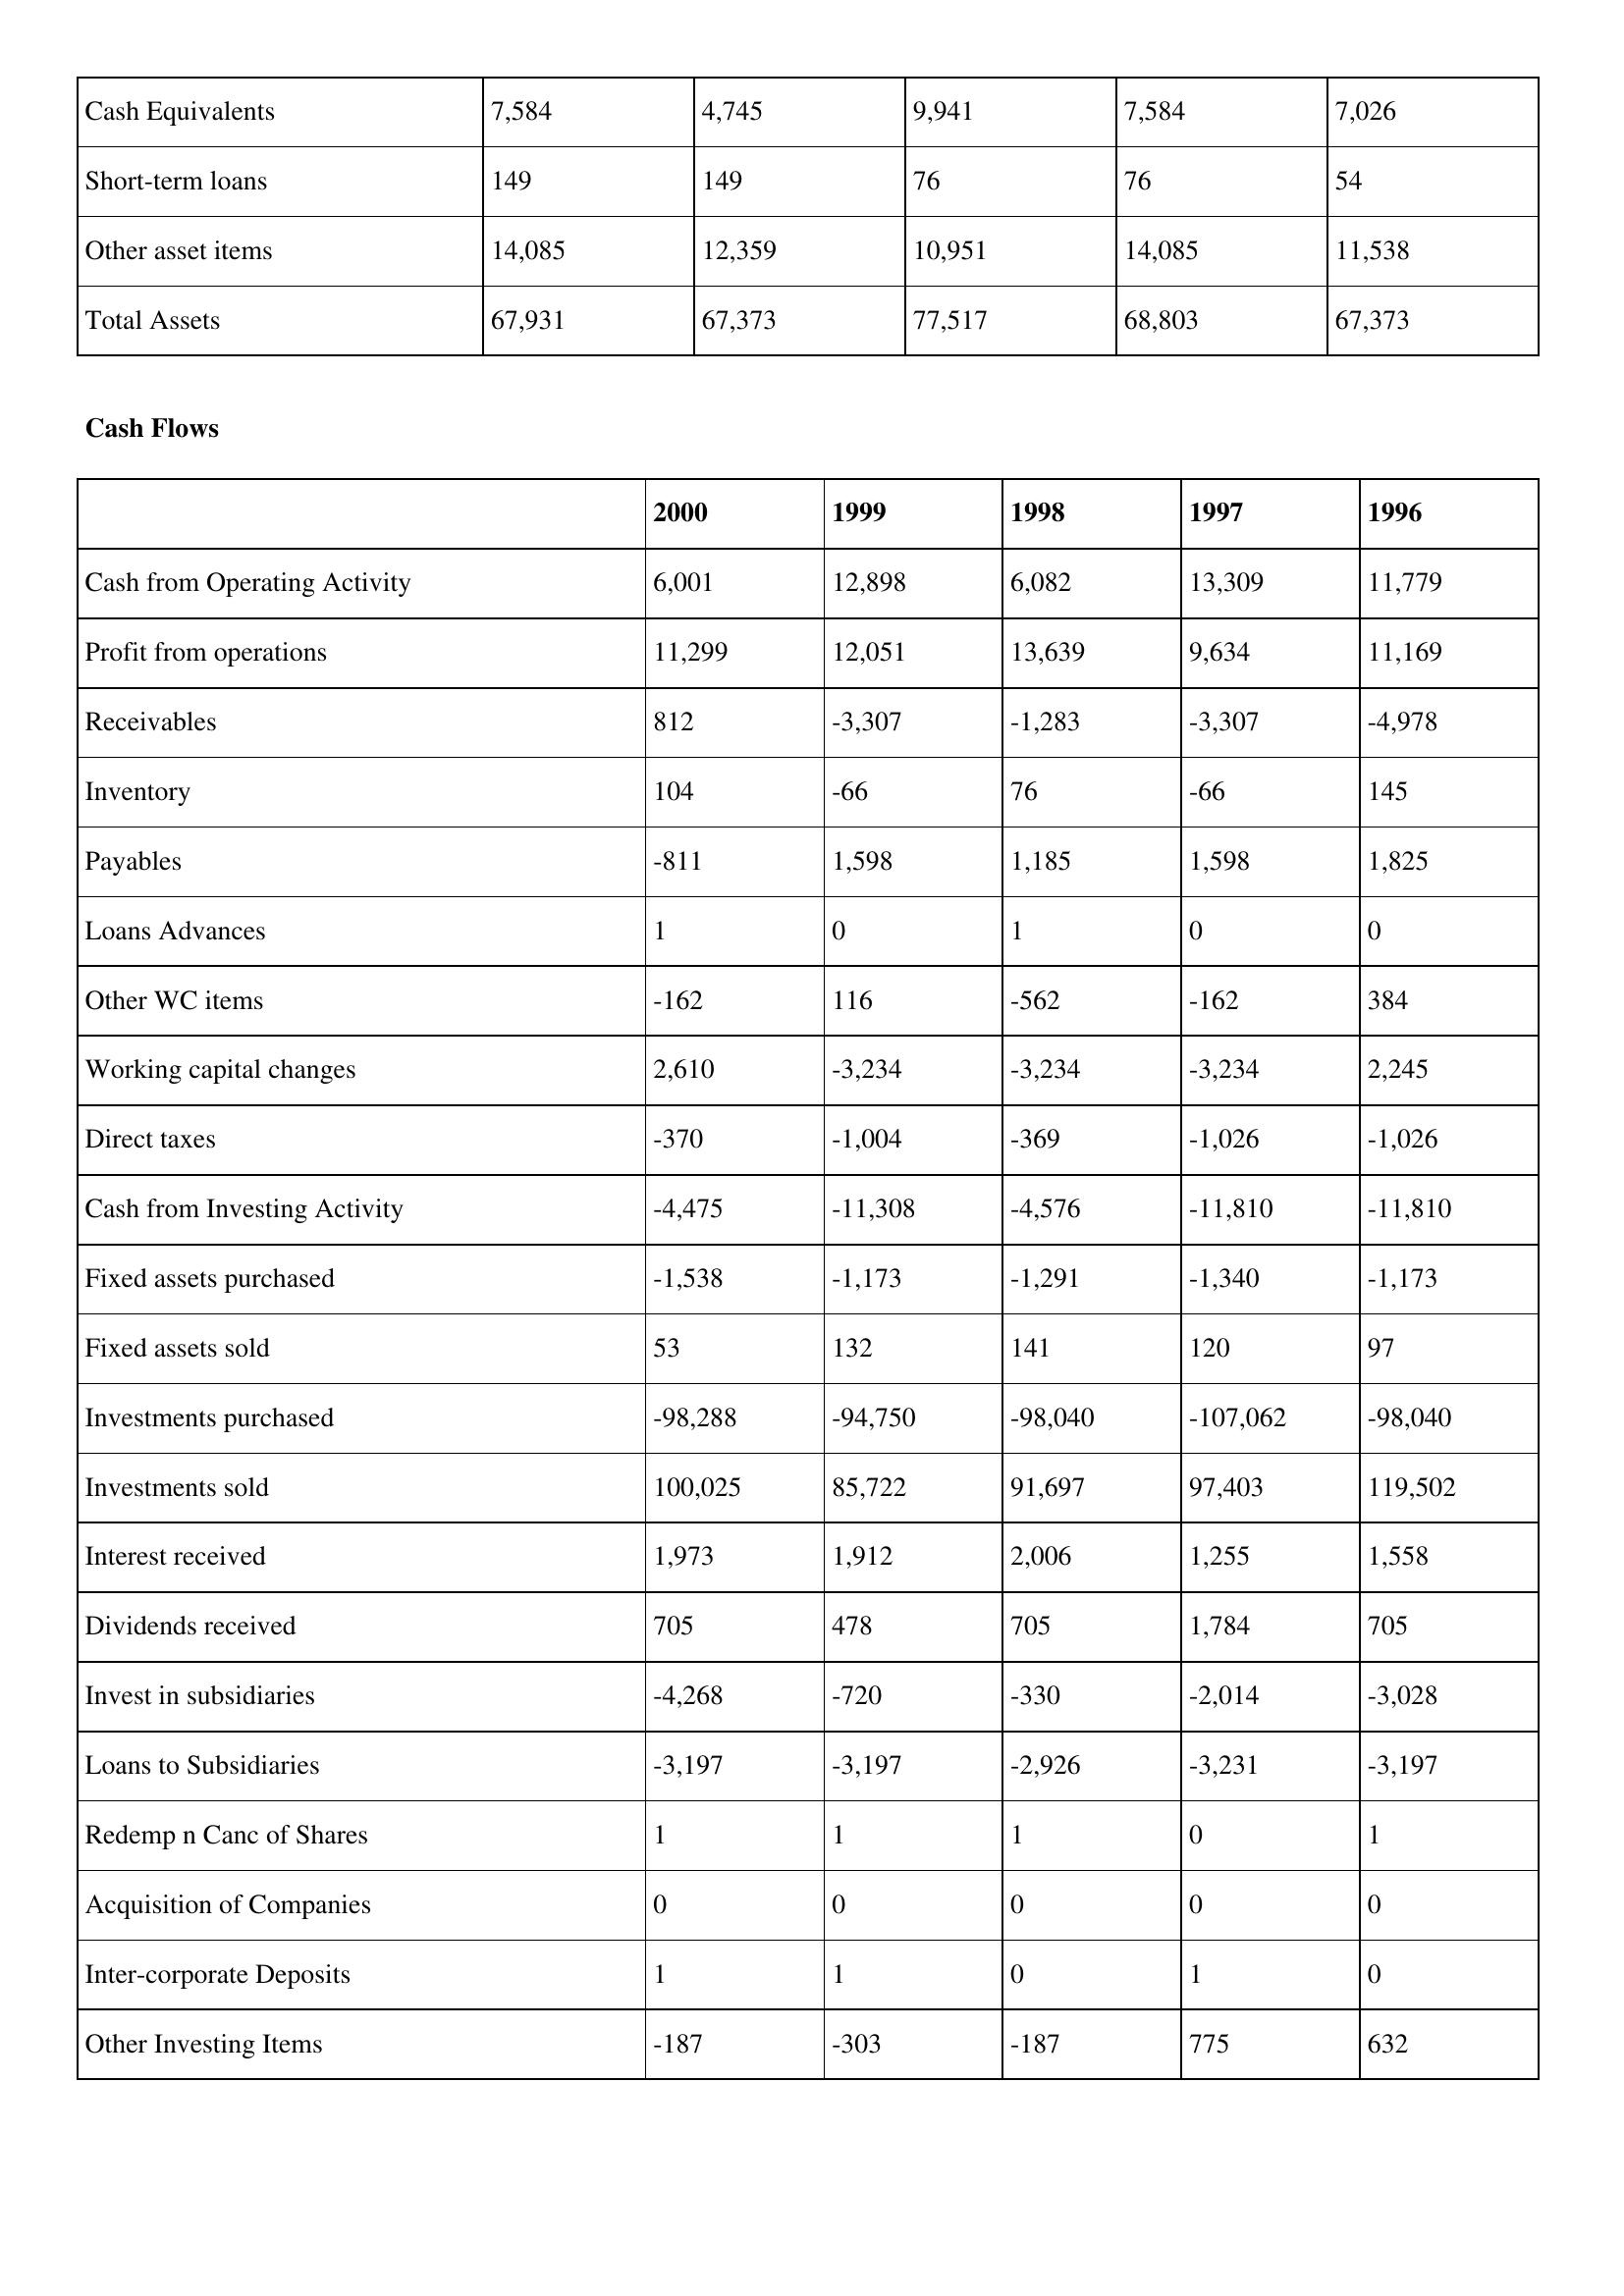
gt_parse: 2000: Balance Sheet: Cash Equivalents: 7,584
Short-term loans: 149
Other asset items: 14,085
Total Assets: 67,931
Cash Flows: Cash from Operating Activity: 6,001
Profit from operations: 11,299
Receivables: 812
Inventory: 104
Payables: -811
Loans Advances: 1
Other WC items: -162
Working capital changes: 2,610
Direct taxes: -370
Cash from Investing Activity: -4,475
Fixed assets purchased: -1,538
Fixed assets sold: 53
Investments purchased: -98,288
Investments sold: 100,025
Interest received: 1,973
Dividends received: 705
Invest in subsidiaries: -4,268
Loans to Subsidiaries: -3,197
Redemp n Canc of Shares: 1
Acquisition of Companies: 0
Inter-corporate Deposits: 1
Other Investing Items: -187
1999: Balance Sheet: Cash Equivalents: 4,745
Short-term loans: 149
Other asset items: 12,359
Total Assets: 67,373
Cash Flows: Cash from Operating Activity: 12,898
Profit from operations: 12,051
Receivables: -3,307
Inventory: -66
Payables: 1,598
Loans Advances: 0
Other WC items: 116
Working capital changes: -3,234
Direct taxes: -1,004
Cash from Investing Activity: -11,308
Fixed assets purchased: -1,173
Fixed assets sold: 132
Investments purchased: -94,750
Investments sold: 85,722
Interest received: 1,912
Dividends received: 478
Invest in subsidiaries: -720
Loans to Subsidiaries: -3,197
Redemp n Canc of Shares: 1
Acquisition of Companies: 0
Inter-corporate Deposits: 1
Other Investing Items: -303
1998: Balance Sheet: Cash Equivalents: 9,941
Short-term loans: 76
Other asset items: 10,951
Total Assets: 77,517
Cash Flows: Cash from Operating Activity: 6,082
Profit from operations: 13,639
Receivables: -1,283
Inventory: 76
Payables: 1,185
Loans Advances: 1
Other WC items: -562
Working capital changes: -3,234
Direct taxes: -369
Cash from Investing Activity: -4,576
Fixed assets purchased: -1,291
Fixed assets sold: 141
Investments purchased: -98,040
Investments sold: 91,697
Interest received: 2,006
Dividends received: 705
Invest in subsidiaries: -330
Loans to Subsidiaries: -2,926
Redemp n Canc of Shares: 1
Acquisition of Companies: 0
Inter-corporate Deposits: 0
Other Investing Items: -187
1997: Balance Sheet: Cash Equivalents: 7,584
Short-term loans: 76
Other asset items: 14,085
Total Assets: 68,803
Cash Flows: Cash from Operating Activity: 13,309
Profit from operations: 9,634
Receivables: -3,307
Inventory: -66
Payables: 1,598
Loans Advances: 0
Other WC items: -162
Working capital changes: -3,234
Direct taxes: -1,026
Cash from Investing Activity: -11,810
Fixed assets purchased: -1,340
Fixed assets sold: 120
Investments purchased: -107,062
Investments sold: 97,403
Interest received: 1,255
Dividends received: 1,784
Invest in subsidiaries: -2,014
Loans to Subsidiaries: -3,231
Redemp n Canc of Shares: 0
Acquisition of Companies: 0
Inter-corporate Deposits: 1
Other Investing Items: 775
1996: Balance Sheet: Cash Equivalents: 7,026
Short-term loans: 54
Other asset items: 11,538
Total Assets: 67,373
Cash Flows: Cash from Operating Activity: 11,779
Profit from operations: 11,169
Receivables: -4,978
Inventory: 145
Payables: 1,825
Loans Advances: 0
Other WC items: 384
Working capital changes: 2,245
Direct taxes: -1,026
Cash from Investing Activity: -11,810
Fixed assets purchased: -1,173
Fixed assets sold: 97
Investments purchased: -98,040
Investments sold: 119,502
Interest received: 1,558
Dividends received: 705
Invest in subsidiaries: -3,028
Loans to Subsidiaries: -3,197
Redemp n Canc of Shares: 1
Acquisition of Companies: 0
Inter-corporate Deposits: 0
Other Investing Items: 632